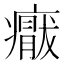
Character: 𱱨